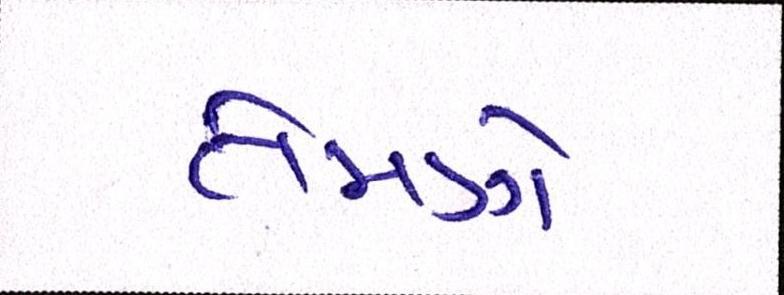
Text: તેમણે